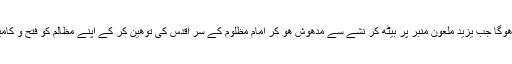
خدا جانے کتنا مشکل وقت ھوگا جب یزید ملعون منبر پر بیٹھ کر نشے سے مدھوش ھو کر امام مظلوم کے سر اقدس کی توھین کر کے اپنے مظالم کو فتح و کامیابی سے تعبیر کر رھا تھا۔